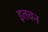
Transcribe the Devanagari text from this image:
इतचन